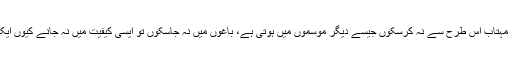
ان کا کہنا تھا ”میں سردیوں میں سیر مہتاب اس طرح سے نہ کرسکوں جیسے دیگر موسموں میں ہوتی ہے، باغوں میں نہ جاسکوں تو ایسی کیفیت میں نہ جانے کیوں ایک اداسی طبیعت پر غالب آجاتی ہے“۔